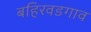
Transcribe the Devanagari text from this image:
बहिरवडगाव